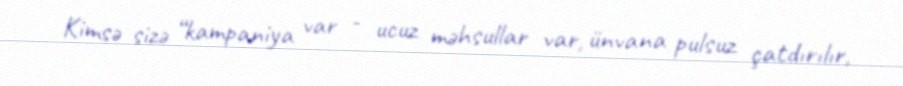
Kimsə sizə “kampaniya var - ucuz məhsullar var, ünvana pulsuz çatdırılır,